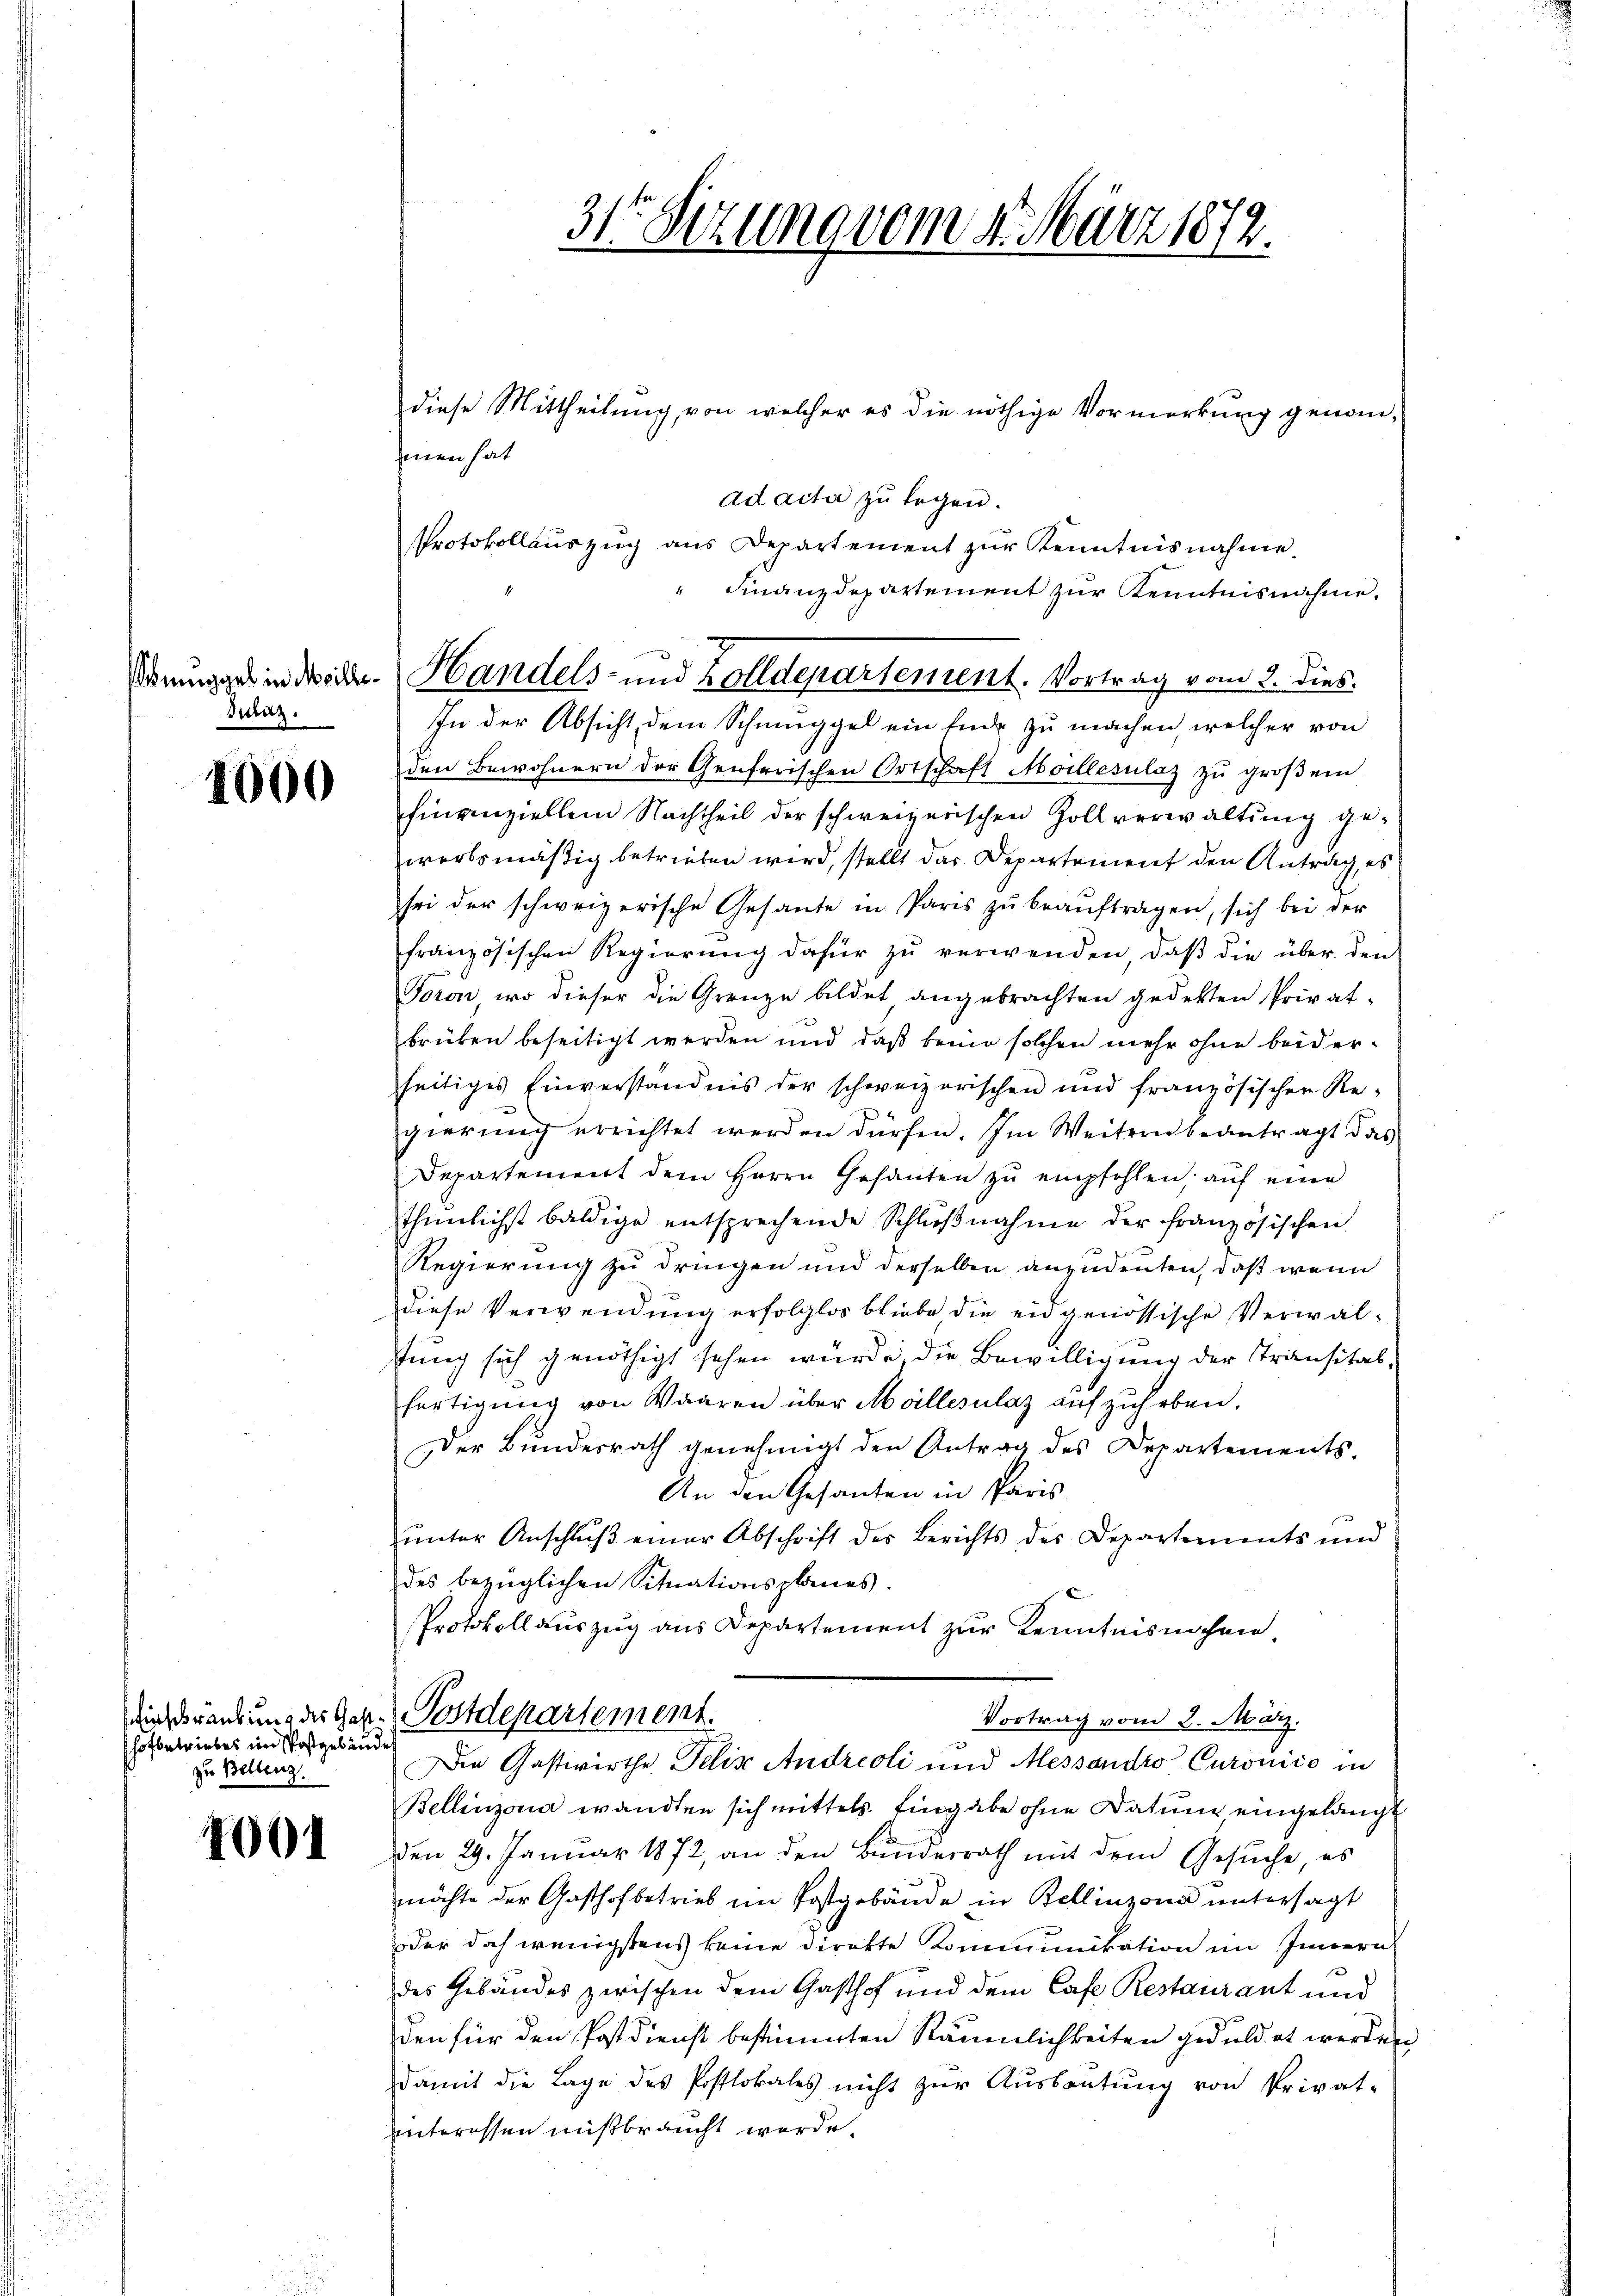
Inaz.

1000

hofbetriebes im Postgebäude
zu Bellenz.

4001

Wingger in Wider Handels- und Zolldepartement. Vortrag vom 3. dies.
In der Absicht dem Schmuggel ein Ende zu machen, welcher von

diese Mittheilung von welcher es die nöthige Vormerkung genom-
men hat
ad acta zu legen.
Protokollauszug aus Departement zur Kenntnisnahme.
" Finanzdepartement zur Kenntnisnahme.
den Bewohnern der Genferischen Ortschaft Meillesulaz zu großem
finanziellem Nachtheil der schweizerischen Zollverwaltŭng ge-
werbsmäßig betrieben wird, stellt dar. Departement den Antrag, es
sei der schweizerische Gesante in Paris zŭ beaŭftragen, sich bei der
französischen Regierŭng dafür zŭ verwenden, daβ die über den
Toron, wo dieser die Grenze bildet angebrachten gedekten Privat-
brüken beseitigt werden und daß keine solchen mehr ohne beiderseitiges Einverständnis der schweizerischen und französischen Re-
gierung errichtet werden dürfen. Im Weitern beantragt das
Departement dem Herrn Gesanten zu empfohlen, auf eine
thŭnlichst baldige entsprechende Schlŭβnahme der französischen
Regierung zu dringen und derselben anzudenten, daß wenn
diese Verwendung erfolglos bliebe, die eidgenössische Verwalstung sich genöthigt sehen würde, die Bewilligung der Transitalfertigung von Waaren über Meillerulaz aufzuheben.
Der Bundesrath genehmigt den Antrag des Departements.
An den Gesanten in Paris
ŭnter Anschlŭβ einer Abschrift des Berichts des Departements und
des bezüglichen Situationsplanes.
Protokollauszug aus Departement zur Kenntnisnahme,
Diskrankung des Geste Postdepartement.
Vortrag vom 2. März.
Die Gastwirthe Felix Andreoli und Messendro Curonico in
Bellinzona wandten sich mittels Eingabe ohne Datum eingelangt
den 29. Januar 1872, an den Bunderrath mit dem Gesŭche, es
möchte der Gasthofbetrieb im Postgebäude in Bellinzona untersagt
oder doch wenigstens keine direkte Kommunikation im Innern
des Gebäudes zwischen dem Gasthof und dem Cafe Restaurant und
den für den Postdienst bestimmten Räumlichkeiten geduldet werden
damit die Lage des Postlokales nicht zur Ausbeutung von Privat-
interessen mißbraucht werde.

31te Sitzung vom 4. März 1872.